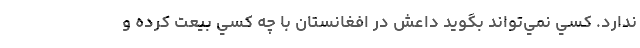
ندارد. كسي نمي‌تواند بگويد داعش در افغانستان با چه كسي بيعت كرده و